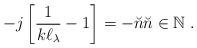
LaTeX: \begin{align*}-j\left[ \frac{1}{k\ell _{\lambda }}-1\right] =-\breve{n}\breve{n}\in \mathbb{N}\;.\end{align*}